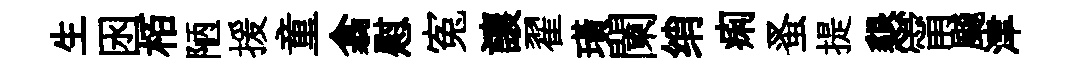
生囦栢陋援童翕慰寃讓翟璜闌绡痢蚤提懇甯飇津